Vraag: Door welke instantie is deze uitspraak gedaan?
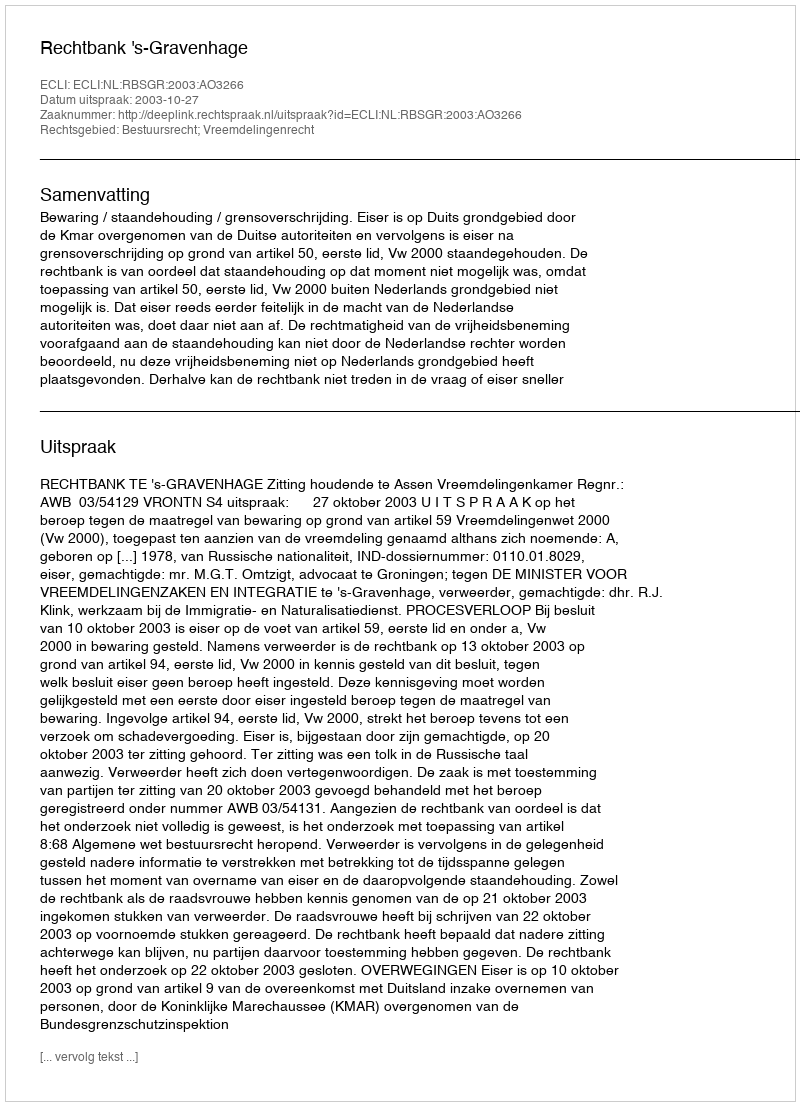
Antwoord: Rechtbank 's-Gravenhage